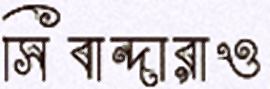
সিবান্দারাও